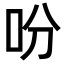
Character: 吩